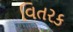
વિતરક